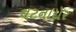
ઘટનાદોર